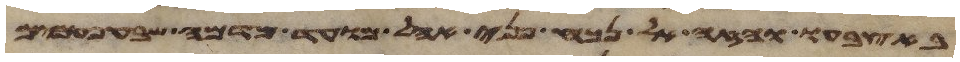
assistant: באצבעו והזה אל נכח פני אהל מועד מדמה שבע